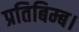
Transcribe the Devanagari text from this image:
प्रतिबिम्ब।